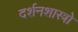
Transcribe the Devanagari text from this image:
दर्शनशास्त्रो